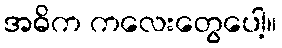
အဓိက ကလေးတွေပေါ့။